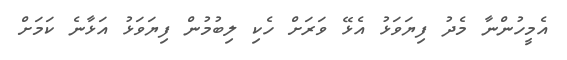
އެމީހުންނާ މެދު ފިޔަވަޅު އެޅޭ ވަރަށް ހެކި ލިބުމުން ފިޔަވަޅު އަޅާނެ ކަމަށް